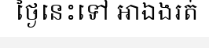
ថ្ងៃនេះទៅ អាឯងរត់